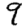
Digit: 9